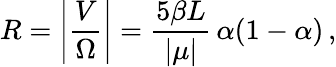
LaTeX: R=\left|\frac{V}{\Omega}\right|=\frac{5\beta L}{\left|\mu\right|}\, \alpha(1-\alpha)\, ,